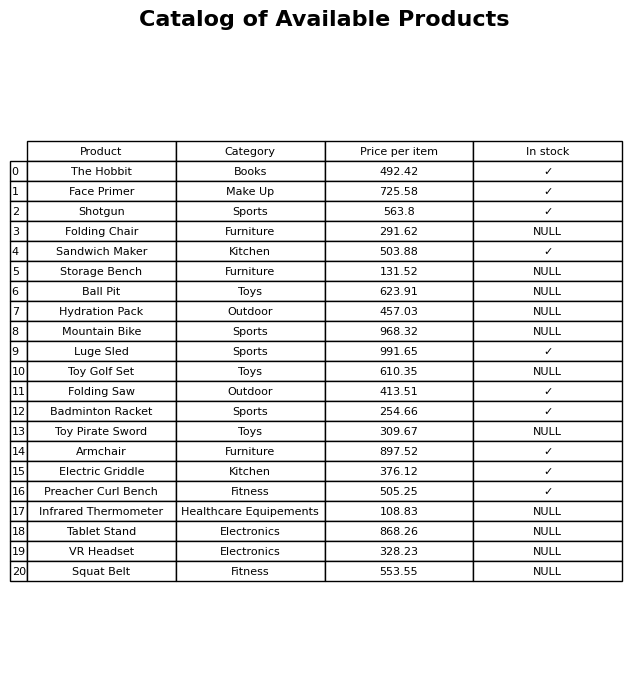
question: Is the Folding Chair in stock?
answer: NULL